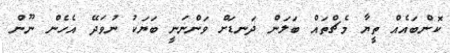
ކޮންބައެއް ތީޔާ މެޗްތައް ބަލަން ދަނޑަށް ވަންނަނީ ބަޔަކު ނުވަދޭ އެހެން ނޫން